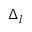
\Delta _ { l }